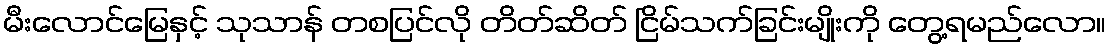
မီးလောင်မြေနှင့် သုသာန် တစပြင်လို တိတ်ဆိတ် ငြိမ်သက်ခြင်းမျိုးကို တွေ့ရမည်လော။